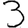
Digit: 3